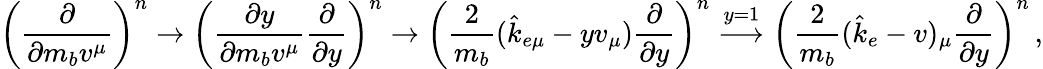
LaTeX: \left({\frac{\partial}{\partial m_{b}v^{\mu}}}\right)^{n}\rightarrow\left({\frac{\partial y}{\partial m_{b}v^{\mu}}}{\frac{\partial}{\partial y}}\right)^{n}\rightarrow\left({\frac{2}{m_{b}}}(\hat{k}_{e\mu}-yv_{\mu}){\frac{\partial}{\partial y}}\right)^{n}\mathrel{\mathop{\longrightarrow}^{y=1}}\left({\frac{2}{m_{b}}}(\hat{k}_{e}-v)_{\mu}{\frac{\partial}{\partial y}}\right)^{n}\, ,